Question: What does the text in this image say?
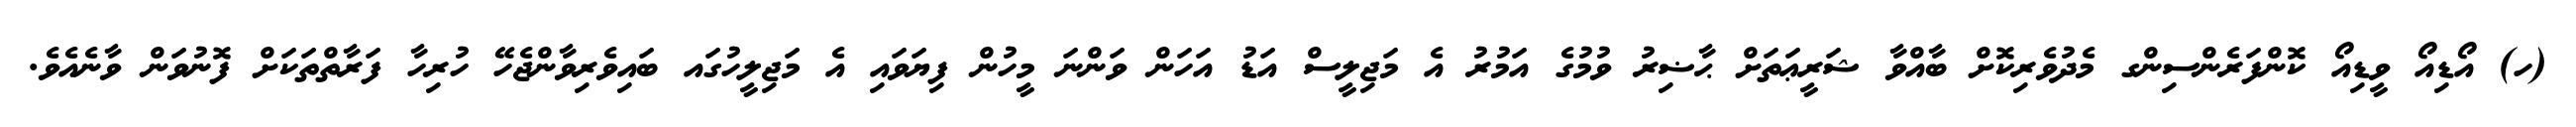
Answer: (ހ) އޯޑިއޯ ވީޑިއޯ ކޮންފަރެންސިންގ މެދުވެރިކޮށް ބާއްވާ ޝަރީޢަތަށް ޙާޟިރު ވުމުގެ އަމުރު އެ މަޖިލީސް އަޑު އަހަން ވަންނަ މީހުން ފިޔަވައި އެ މަޖިލީހުގައ ބައިވެރިވާންޖެހޭ ހުރިހާ ފަރާތްތަކަށް ފޮނުވަން ވާނެއެވެ.